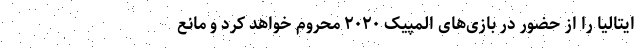
ایتالیا را از حضور در بازی‌های المپیک ۲۰۲۰ محروم خواهد کرد و مانع